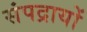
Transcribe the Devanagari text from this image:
संपद्रायों